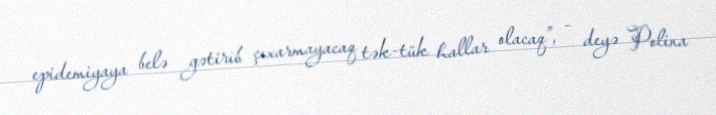
epidemiyaya belə gətirib çıxarmayacaq tək-tük hallar olacaq”, - deyə Polina